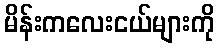
မိန်းကလေးငယ်များကို